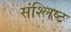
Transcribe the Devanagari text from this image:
संश्लिष्‍ट